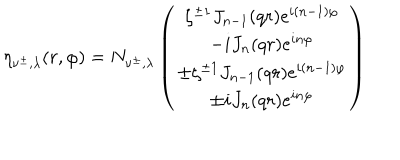
\eta _ { \nu ^ { \pm } , \lambda } ( r , \varphi ) = N _ { \nu ^ { \pm } , \lambda } \left( \begin{matrix} { { \zeta ^ { \pm 1 } J _ { n - 1 } ( q r ) e ^ { i ( n - 1 ) \varphi } } } \\ { { - i J _ { n } ( q r ) e ^ { i n \varphi } } } \\ { { \pm \zeta ^ { \pm 1 } J _ { n - 1 } ( q r ) e ^ { i ( n - 1 ) \varphi } } } \\ { { \pm i J _ { n } ( q r ) e ^ { i n \varphi } } } \\ \end{matrix} \right)